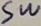
Text: SW